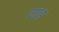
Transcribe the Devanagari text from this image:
टाड़